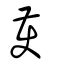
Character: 蒦